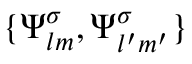
\{ \boldsymbol { \Psi } _ { l m } ^ { \sigma } , \boldsymbol { \Psi } _ { l ^ { \prime } m ^ { \prime } } ^ { \sigma } \}